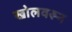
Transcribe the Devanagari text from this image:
खोलवरून